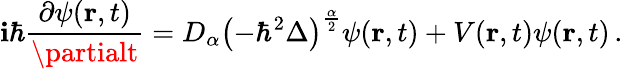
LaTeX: \mathbf{i}\hbar{\frac{{\partial\psi(\mathbf{{r}},t)}}{{\partialt}}}=D_{\alpha}\left(-\hbar^{2}\Delta\right)^{\frac{{\alpha}}{{2}}}\psi(\mathbf{{r}},t)+V(\mathbf{{r}},t)\psi(\mathbf{{r}},t)\, .